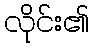
လိုင်း၏